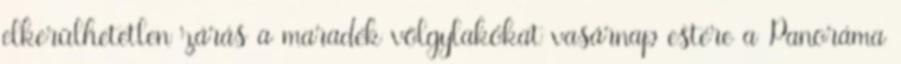
elkerülhetetlen zárás a maradék völgylakókat vasárnap estére a Panoráma